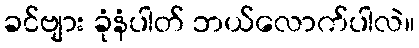
ခင်ဗျား ခုံနံပါတ် ဘယ်လောက်ပါလဲ။